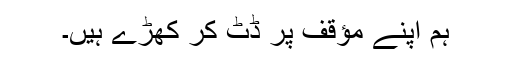
ہم اپنے مؤقف پر ڈٹ کر کھڑے ہیں۔